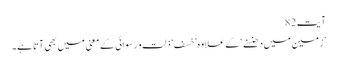
آیت82
’زمین میں دھنسنے‘ کے علاوہ ’خسف ‘ ذلت و رسوائی کے معنی میں بھی آتا ہے۔